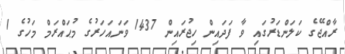
ރާއްޖޭގެ ކަލަންޑަރުގައި ވާ ފަދައިން ހިޖުރައިން 1437 ވަނައަހަރުގެ މުޙައްރަމް މަހުގެ 1